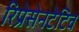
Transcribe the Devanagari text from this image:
रिप्रेसेनटेटिव